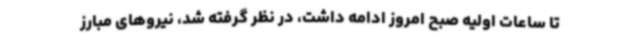
تا ساعات اولیه صبح امروز ادامه داشت، در نظر گرفته شد، نیروهای مبارز